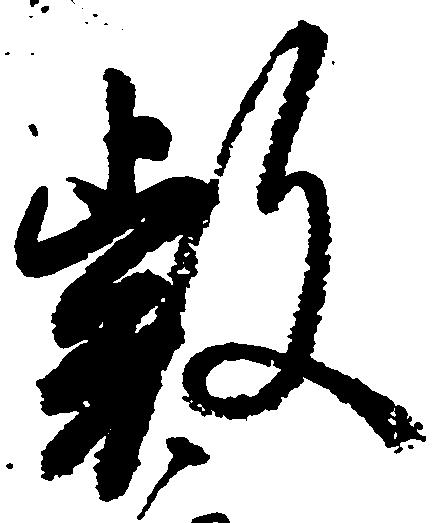
叡